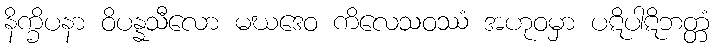
နိက္ခိပနာ ဝိပန္နသီလော မဃဒေဝ ကိလေသဝဿံ အဟုဝမှာ ပဋိပါဋိဘတ္တံ